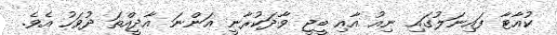
ކުއާޓާ ފައިނަލުގައި ނިއު އާއި ބީޖީ ވާދަކުރާނީ އަންނަ އާދީއްތަ ދުވަހު އެވެ.